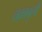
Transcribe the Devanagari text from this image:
तक़ाबुली